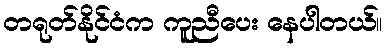
တရုတ်နိုင်ငံက ကူညီပေး နေပါတယ်။